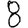
Digit: 8